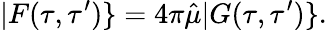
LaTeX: |F(\tau,\tau^{\prime})\} =4\pi\hat{\mu}|G(\tau,\tau^{\prime})\} .